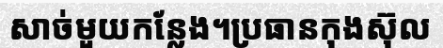
សាច់មួយកន្លែង។ប្រធានកុងស៊ុល